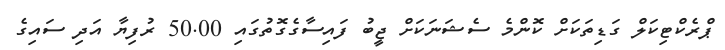
ޕްރެކްޓިކަލް ގަޑިތަކަށް ކޮންމެ ސެޝަނަކަށް ޖީބު ފައިސާގެގޮތުގައި 50.00 ރުފިޔާ އަދި ސައިގެ